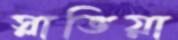
স্লাভিয়া